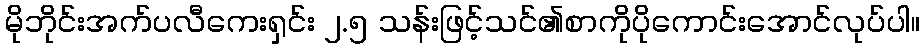
မိုဘိုင်းအက်ပလီကေးရှင်း ၂.၅ သန်းဖြင့်သင်၏စာကိုပိုကောင်းအောင်လုပ်ပါ။